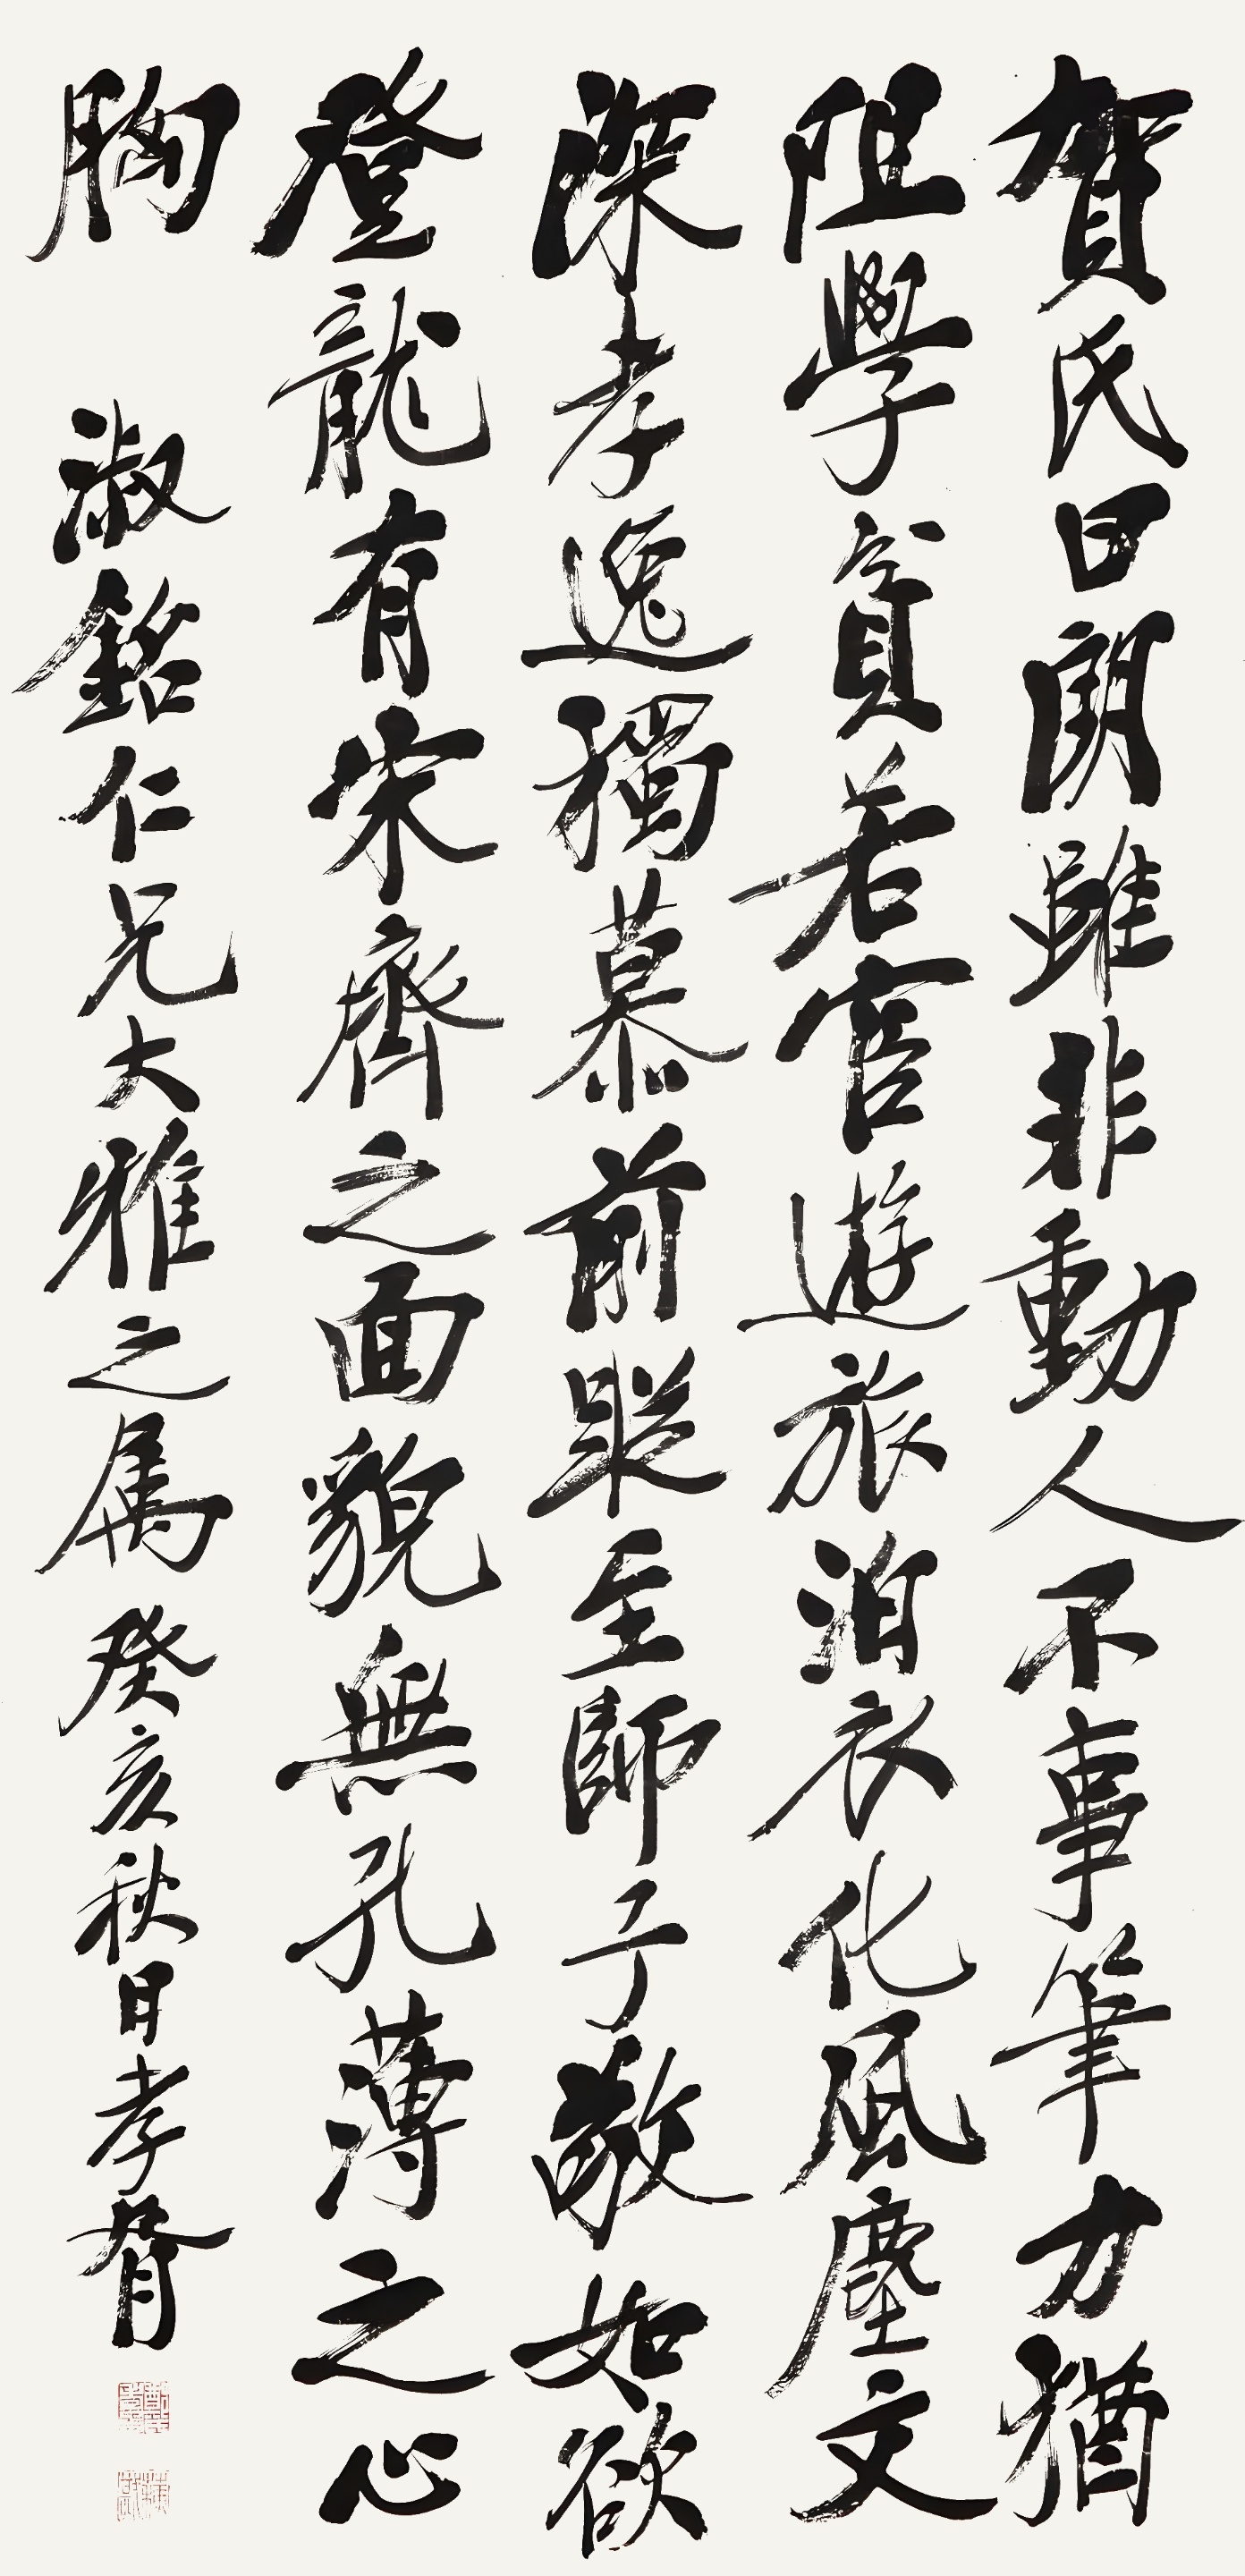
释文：贺氏日朗，虽非动人，不事笔力，犹阻学贫。若官游旅泊，衣化风尘，文深孝逸，独慕前踪。至师子敬，如欲登龙，有宋齐之面貌，无孔薄之心胸。淑铭仁兄大雅之属。癸亥秋日孝胥。